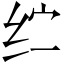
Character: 纻